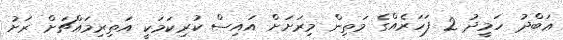
ޢަބްދު ހަމީދު 2 ފަހަރެއްގެ މަތިން މިރަށަށް އައިސް ކުރިކަމަކީ އަތިރިމައްޗަށް ރަށު